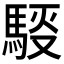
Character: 𲋸